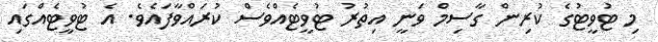
މި ޓުވީޓުގެ ކުރިން ގާސިމް ވަނީ އިތުރު ޓުވީޓެއްވެސް ކުރައްވާފައެވެ. އެ ޓުވީޓެއްގައި